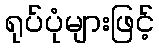
ရုပ်ပုံများဖြင့်